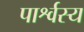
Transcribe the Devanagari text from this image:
पार्श्वस्य